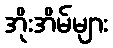
အိုးအိမ်များ